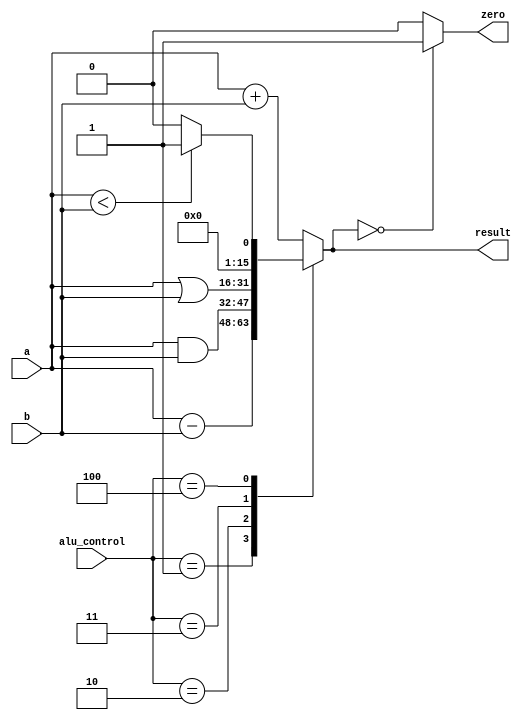
//ULA

module alu(     
      input [15:0] a,           
      input [15:0] b,            
      input [2:0] alu_control,       
      output reg [15:0] result,               
      output zero  
   );
  
 always @(*)  
 begin
   
      case(alu_control)
  
      3'b000: result = a + b; // add  
      3'b001: result = a - b; // sub  
      3'b010: result = a & b; // and  
      3'b011: result = a | b; // or      
      3'b100: begin if (a<b) result = 16'd1;
  
                     else result = 16'd0;
  
                     end
      default:result = a + b; // add  
      endcase
  
 end
  
 assign zero = (result==16'd0) ? 1'b1: 1'b0;
  
 endmodule
 
module JR_Control( input alu_op,
                   input [3:0] funct,
                   output JRControl
    );

assign JRControl = ({alu_op,funct}==6'b001000) ? 1'b1 : 1'b0;

endmodule


//PC e Instruction Memory
module instr_mem  (
        input [15:0] pc,  
        output wire [15:0] instruction  
 );
  
      wire [3:0] rom_addr = pc[4:1];  
        
      reg [15:0] rom[15:0];
  
      initial  
      begin
  
                rom[0] = 16'b1000000110000000;  
                rom[1] = 16'b0010110010110010;  
                rom[2] = 16'b1101110001100111;  
                rom[3] = 16'b1101110111011001;  
                rom[4] = 16'b1111110110110001;  
                rom[5] = 16'b1100000001111011;
                rom[6] = 16'b0000000000000000;
                rom[7] = 16'b0000000000000000;
                rom[8] = 16'b0000000000000000;
                rom[9] = 16'b0000000000000000; 
                rom[10] = 16'b0000000000000000; 
                rom[11] = 16'b0000000000000000;  
                rom[12] = 16'b0000000000000000; 
                rom[13] = 16'b0000000000000000;  
                rom[14] = 16'b0000000000000000;  
                rom[15] = 16'b0000000000000000;
  
      end
  
      assign instruction = (pc[15:0] < 32 )? rom[rom_addr[3:0]]: 16'd0;
  
 endmodule
 
 
module data_memory (  
      input clk,  
      // address input, shared by read and write port
      input [15:0] mem_access_addr,  
        // write port
      input [15:0] mem_write_data,
      input mem_write_en,
      input mem_read,
      // read port
      output [15:0] mem_read_data  
 );
  
      integer i;
      reg [15:0] ram [255:0];
      wire [7:0] ram_addr = mem_access_addr[8:1];
      initial begin
           for(i=0;i<256;i=i+1)
                ram[i] <= 16'd0;
      end
  
      always @(posedge clk) begin
           if (mem_write_en)
                ram[ram_addr] <= mem_write_data;
      end
  
      assign mem_read_data = (mem_read==1'b1) ? ram[ram_addr]: 16'd0;
   
 endmodule


module register_file(  
      input clk,  
      input rst,  
      // write port  
      input reg_write_en,  
      input [2:0] reg_write_dest,  
      input  reg_write_data,  
      //read port 1  
      input [2:0] reg_read_addr_1,  
      output [15:0]reg_read_data_1,  
      //read port 2  
      input [2:0] reg_read_addr_2,  
      output [15:0] reg_read_data_2  
 );
   
      reg [15:0] reg_array [7:0];  
       
      always @ (posedge clk or posedge rst) begin  
           if(rst) begin  
                reg_array[0] <= 16'b0;  
                reg_array[1] <= 16'b0;  
                reg_array[2] <= 16'b0;  
                reg_array[3] <= 16'b0;  
                reg_array[4] <= 16'b0;  
                reg_array[5] <= 16'b0;  
                reg_array[6] <= 16'b0;  
                reg_array[7] <= 16'b0;       
           end  
           else begin  
                if(reg_write_en) begin  
                     reg_array[reg_write_dest] <= reg_write_data;  
                end  
           end  
      end  
      assign reg_read_data_1 = ( reg_read_addr_1 == 0)? 16'b0 : reg_array[reg_read_addr_1];  
      assign reg_read_data_2 = ( reg_read_addr_2 == 0)? 16'b0 : reg_array[reg_read_addr_2];  
 endmodule
 
 
module data_path2(input clk,reset,
                   reg_dst,mem_to_reg,alu_op,
                   reg_write_data,
                  jump,branch,mem_read,mem_write,alu_src,reg_write, input [15:0] pc_current  
                    
   ); 
     
   
 wire signed[15:0] pc_next,pc2;  
 wire [15:0] instr;     
 wire [2:0] reg_write_dest;     
 wire [2:0] reg_read_addr_1;  
 wire [15:0] reg_read_data_1;  
 wire [2:0] reg_read_addr_2;  
 wire [15:0] reg_read_data_2;  
 wire [15:0] sign_ext_im,read_data2,zero_ext_im,imm_ext;  
 wire JRControl;  
 wire [2:0] ALU_Control;  
 wire [15:0] ALU_out;  
 wire zero_flag;  
 wire signed[15:0] im_shift_1, PC_j, PC_beq, PC_4beq,PC_4beqj,PC_jr;  
 wire beq_control;  
 wire [14:0] jump_shift_1;  
 wire [15:0]mem_read_data;  
 wire [15:0] no_sign_ext;  
 wire sign_or_zero;  
 // PC   
   
           assign pc_current = {pc_current, 16'd0};  
     
           assign pc_current = {pc_current,pc_next};  
   
 // PC + 2   
 assign pc2 = pc_current + 16'd2;  
 // instruction memory  
 instr_mem instrucion_memory(.pc(pc_current),.instruction(instr));  
 // jump shift left 1  
 assign jump_shift_1 = {instr[13:0],1'b0};  
   
 // multiplexer regdest  
 assign reg_write_dest = (reg_dst==2'b10) ? 3'b111: ((reg_dst==2'b01) ? instr[6:4] :instr[9:7]);  
 // register file  
 assign reg_read_addr_1 = instr[12:10];  
 assign reg_read_addr_2 = instr[9:7];  
 register_file reg_file(.clk(clk),.rst(reset),
 .reg_write_en(reg_write),
 .reg_write_dest(reg_write_dest),
 .reg_write_data(reg_write_data),
 .reg_read_addr_1(reg_read_addr_1),
 .reg_read_data_1(reg_read_data_1),
 .reg_read_addr_2(reg_read_addr_2),
 .reg_read_data_2(reg_read_data_2));  
 // sign extend  
 assign sign_ext_im = {{9{instr[6]}},instr[6:0]};  
 assign zero_ext_im = {{9{1'b0}},instr[6:0]};  
 assign imm_ext = (sign_or_zero==1'b1) ? sign_ext_im : zero_ext_im;  
 // JR control  
 JR_Control JRControl_unit(.alu_op(alu_op),.funct(instr[3:0]),.JRControl(JRControl));       
   
 // multiplexer alu_src  
 assign read_data2 = (alu_src==1'b1) ? imm_ext : reg_read_data_2;  
 // ALU   
 alu alu_unit(.a(reg_read_data_1),.b(read_data2),.alu_control(ALU_Control),.result(ALU_out),.zero(zero_flag));  
 // immediate shift 1  
 assign im_shift_1 = {imm_ext[14:0],1'b0};  
 //  
 assign no_sign_ext = ~(im_shift_1) + 1'b1;  
 // PC beq add  
 assign PC_beq = (im_shift_1[15] == 1'b1) ? (pc2 - no_sign_ext): (pc2 +im_shift_1);  
 // beq control  
 assign beq_control = branch & zero_flag;  
 // PC_beq  
 assign PC_4beq = (beq_control==1'b1) ? PC_beq : pc2;  
 // PC_j  
 assign PC_j = {pc2[15],jump_shift_1};  
 // PC_4beqj  
 assign PC_4beqj = (jump == 1'b1) ? PC_j : PC_4beq;  
 // PC_jr  
 assign PC_jr = reg_read_data_1;  
 // PC_next  
 assign pc_next = (JRControl==1'b1) ? PC_jr : PC_4beqj;  
 // data memory  
 data_memory datamem(.clk(clk),.mem_access_addr(ALU_out),
 .mem_write_data(reg_read_data_2),
 .mem_write_en(mem_write),
 .mem_read(mem_read),
 .mem_read_data(mem_read_data));  
 // write back  
 assign reg_write_data = (mem_to_reg == 2'b10) ? pc2:((mem_to_reg == 2'b01)? mem_read_data: ALU_out);  
 // output  
 assign pc_out = pc_current;  
 assign alu_result = ALU_out;  
 endmodule